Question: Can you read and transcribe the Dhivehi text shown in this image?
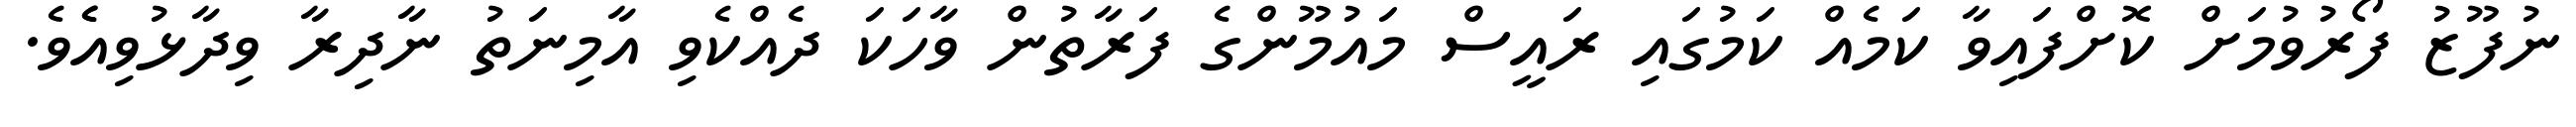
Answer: ނުފޫޒު ފޯރުވުމަށް ކޮށްފައިވާ ކަމެއް ކަމުގައި ރައީސް މައުމޫންގެ ފަރާތުން ވާހަކަ ދެއްކެވި އާމިނަތު ނާދިރާ ވިދާޅުވިއެެވެ.